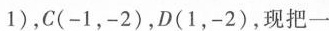
1)，C(-1，-2)，D(1，-2)，现把一